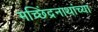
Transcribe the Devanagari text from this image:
मच्छिंद्रनाथांच्या